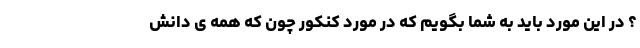
؟ در این مورد باید به شما بگویم که در مورد کنکور چون که همه ی دانش